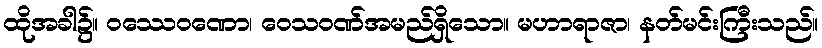
ထိုအခါ၌။ ဝဿေဝဏော၊ ဝေသဝဏ်အမည်ရှိသော။ မဟာရာဇာ၊ နတ်မင်းကြီးသည်။